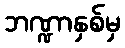
ဘဏ္ဍာနှစ်မှ